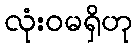
လုံးဝမရှိဟု